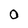
Character: 0